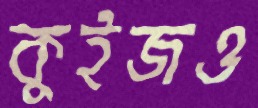
কুইজও